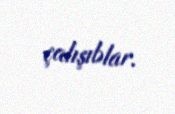
çalışıblar.